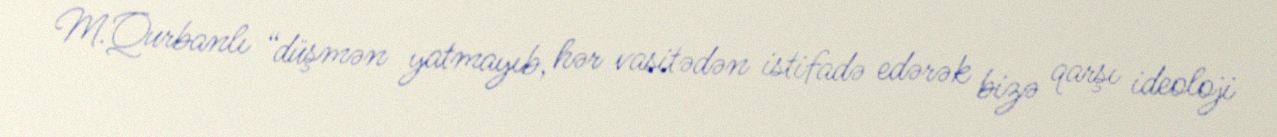
M.Qurbanlı “düşmən yatmayıb, hər vasitədən istifadə edərək bizə qarşı ideoloji